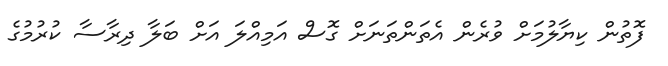
ފޮތުން ކިޔާލުމަށް ވުރެން އެތަންތަނަށް ގޮސް އަމިއްލަ އަށް ބަލާ ދިރާސާ ކުރުމުގެ